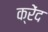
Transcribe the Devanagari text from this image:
क्रेंद